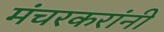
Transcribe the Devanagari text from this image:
मंचरकरांनी